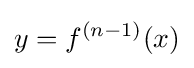
y=f^{(n-1)}(x)